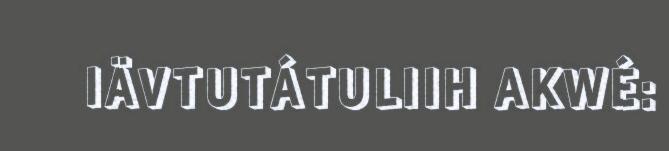
IÄVTUTÁTULIIH AKWÉ: